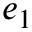
e _ { 1 }